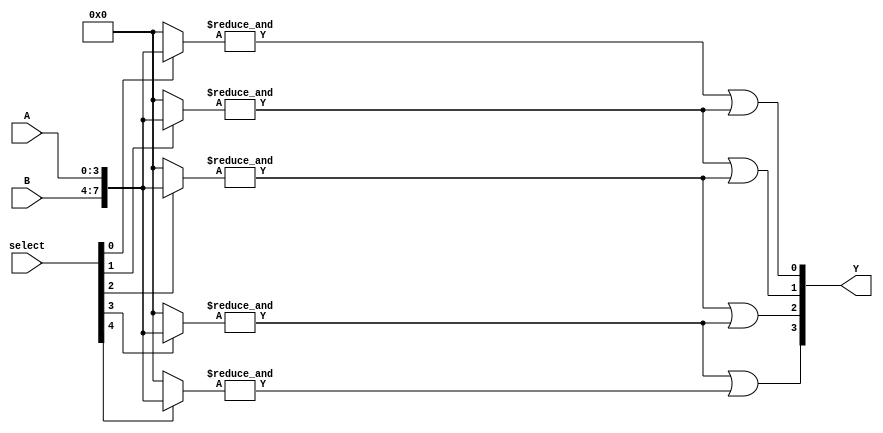
module GPAL (
    input wire [N-1:0] A,        // Input signals (N inputs)
    input wire [M-1:0] B,        // Additional input signals (M inputs)
    input wire [P-1:0] select,    // Select lines for programming the AND array
    output wire [Q-1:0] Y         // Output signals (Q outputs)
);
    parameter N = 4;              // Number of input signals
    parameter M = 4;              // Number of additional input signals
    parameter P = 8;              // Number of AND gates
    parameter Q = 4;              // Number of OR gates

    // Programmable AND array
    wire [P-1:0] and_out;         // Outputs from AND gates
    wire [N+M-1:0] inputs;        // Combined inputs for AND gates

    // Combine inputs (A and B)
    assign inputs = {B, A};       // Assuming B is of size M and A is of size N

    // Generate AND gates
    genvar i;
    generate
        for (i = 0; i < P; i = i + 1) begin : and_gates
            wire [N+M-1:0] and_inputs;
            assign and_inputs = (select[i] == 1'b1) ? inputs : {N+M{1'b0}}; // Select inputs based on programming
            assign and_out[i] = &and_inputs; // AND operation
        end
    endgenerate

    // Fixed OR array
    wire [Q-1:0] or_out;          // Outputs from OR gates

    // Generate OR gates
    generate
        for (i = 0; i < Q; i = i + 1) begin : or_gates
            assign or_out[i] = or_gate(and_out[i], and_out[i+1]); // Combine outputs from AND gates
        end
    endgenerate

    // Final output assignment
    assign Y = or_out;

    // OR gate function
    function or_gate;
        input a, b;
        begin
            or_gate = a | b; // OR operation
        end
    endfunction

endmodule